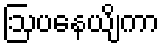
ဩပနေယျိကာ